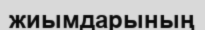
жиымдарының